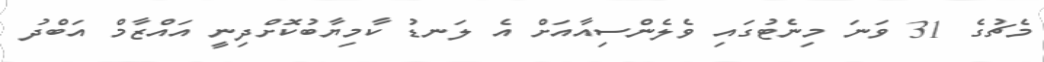
މެޗުގެ 31 ވަނަ މިނެޓުގައި ވެލެންސިއާއަށް އެ ލަނޑު ކާމިޔާބުކޮށްދިނީ އައްޒާމް އަބްދު